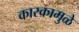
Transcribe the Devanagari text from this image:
कारकामुळे